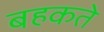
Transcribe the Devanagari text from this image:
बहकते